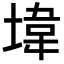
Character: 㙔